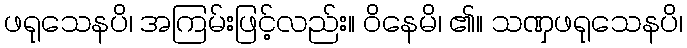
ဖရုသေနပိ၊ အကြမ်းဖြင့်လည်း။ ဝိနေမိ၊ ၏။ သဏှဖရုသေနပိ၊